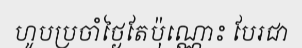
ហូបប្រចាំថ្ងៃតែប៉ុណ្ណោះ បែរជា